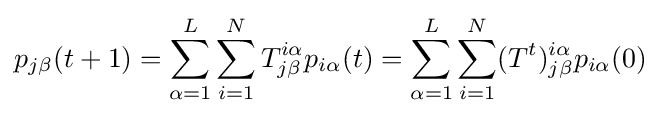
p_{j\beta }(t+1)=\sum _{\alpha =1}^{L}\sum _{i=1}^{N}T_{j\beta }^{i\alpha }p_{i\alpha }(t)=\sum _{\alpha =1}^{L}\sum _{i=1}^{N}(T^{t})_{j\beta }^{i\alpha }p_{i\alpha }(0)